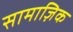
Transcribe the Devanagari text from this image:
सामाज़िक